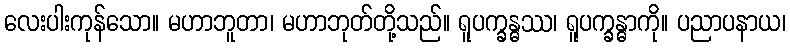
လေးပါးကုန်သော။ မဟာဘူတာ၊ မဟာဘုတ်တို့သည်။ ရူပက္ခန္ဓဿ၊ ရူပက္ခန္ဓာကို။ ပညာပနာယ၊